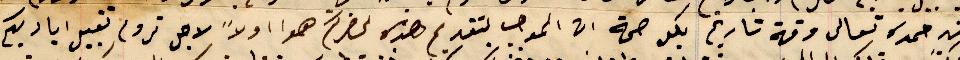
من حمده تعالى وقة تاريخه بكل صحة ان الموجب بتقديم هذه لحضرتكم هوا اولاً لاجل نروم تقبيل اياديكم